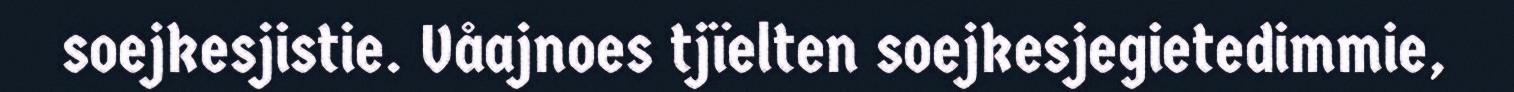
soejkesjistie. Våajnoes tjïelten soejkesjegietedimmie,